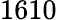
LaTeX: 1610